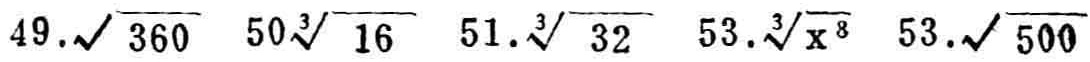
49.$\sqrt{360}$ 50.$\sqrt[3]{16}$ 51.$\sqrt[3]{32}$ 53.$\sqrt[3]{x^{8}}$ 53.$\sqrt{500}$